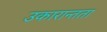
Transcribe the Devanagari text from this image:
उकारान्तता